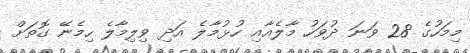
މިމަހުގެ 28 ވަނަ ދުވަހު މާލެއާއި ހުޅުމާލެ އަދި ވިލިމާލެ ހިމެނޭ ގޮތަށް